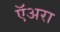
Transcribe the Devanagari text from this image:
ऍअरा